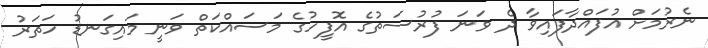
ނެރުމަށް އުފައްދާފައިވާ ދެ ވަނަ ފުރުސަތުގެ އޮފީހުގެ މަސައްކަތް ވަނީ މައިގަނޑު ހަތަރު